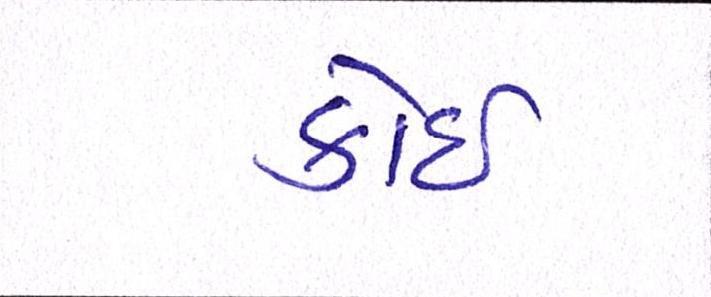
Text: કોઈ